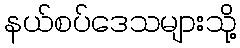
နယ်စပ်ဒေသများသို့